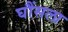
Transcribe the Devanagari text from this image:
घौंसला